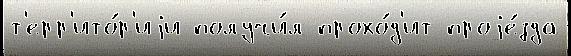
т'ерр'ито́р'иjи получи́л прохо́д'ит проjе́зда